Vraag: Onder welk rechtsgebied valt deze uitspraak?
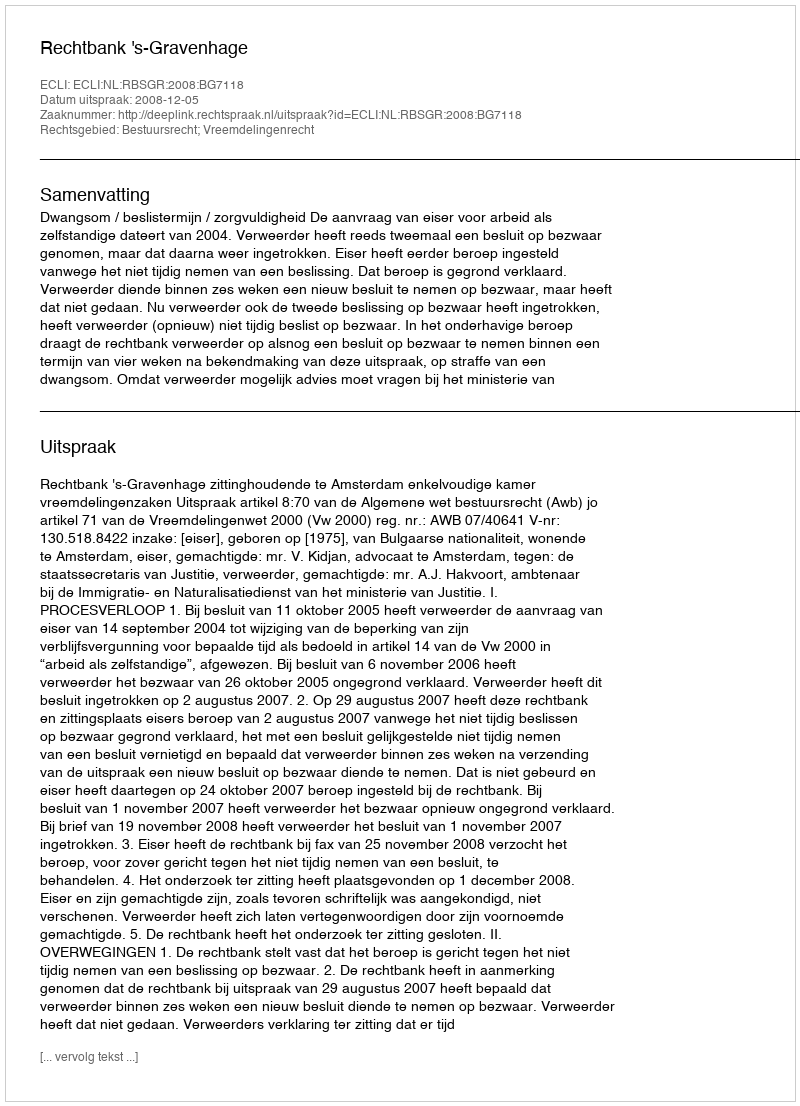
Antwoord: Bestuursrecht; Vreemdelingenrecht